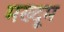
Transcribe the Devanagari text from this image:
मख्दूम